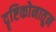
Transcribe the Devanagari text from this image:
दॄष्टिकोनातून